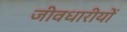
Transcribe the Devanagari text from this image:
जीवधारीयों